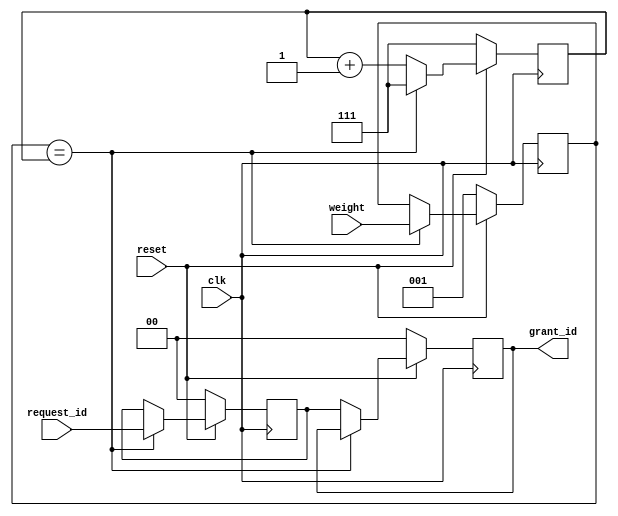
module wrr_cond(  input   reset,
                  input   clk,
                  input [2:0]   weight,
                  input [1:0]   request_id,
                  output reg [1:0] grant_id

                  );
// hacer tabla de VC y pesos para que lo lea wrr_cond y asignar as el canal en el mux.

  reg [1:0] current_request_id;
  reg [2:0] weight_ctr, current_weight;


  // always @ (~reset) begin
  //   grant_id <= 2'b00;
  //   current_request_id <= 2'b00;
  //   weight_ctr <= 3'b111;
  //   current_weight <= 3'b001;
  // end

  always @ (posedge clk) begin
    if (reset) begin
      weight_ctr <= weight_ctr + 1'b1;
      if (current_weight == weight_ctr) begin
        weight_ctr <= 3'b111;
        current_request_id <= request_id;
        current_weight <= weight;
      end else begin
        grant_id <= current_request_id;
      end
    end else begin
      grant_id <= 2'b00;
      current_request_id <= 2'b00;
      weight_ctr <= 3'b111;
      current_weight <= 3'b001;
    end
  end


endmodule